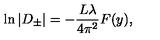
\ln \vert D _ { \pm } \vert = - \frac { L \lambda } { 4 \pi ^ { 2 } } F ( y ) ,